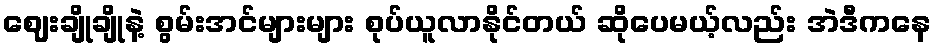
ဈေးချိုချိုနဲ့ စွမ်းအင်များများ စုပ်ယူလာနိုင်တယ် ဆိုပေမယ့်လည်း အဲဒီကနေ